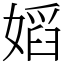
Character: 嫍